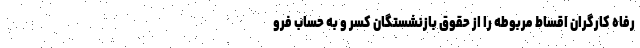
رفاه کارگران اقساط مربوطه را از حقوق بازنشستگان کسر و به حساب فرو